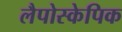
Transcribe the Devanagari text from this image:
लैपोस्केपिक